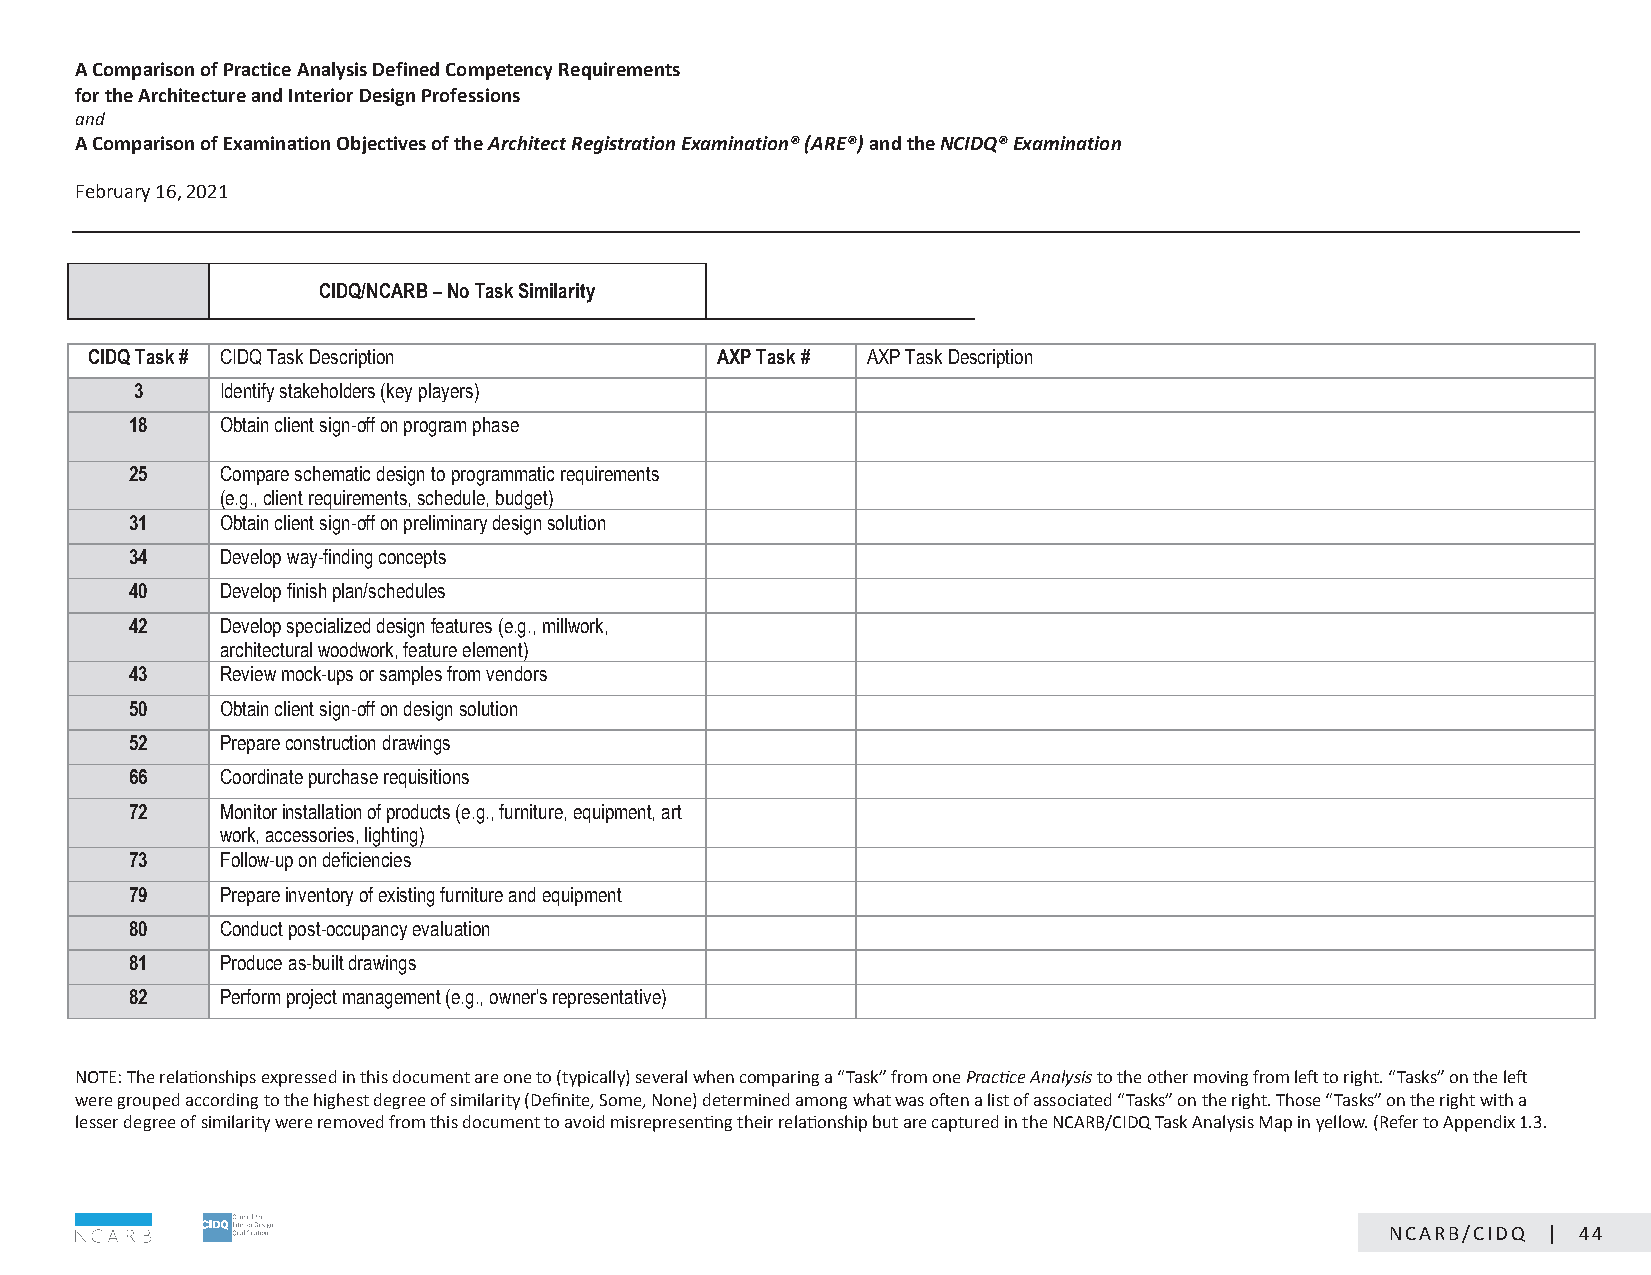
A Comparison of Practice Analysis Defined Competency Requirements
 for the Architecture and Interior Design Professions
 and
 A Comparison of Examination Objectives of the Architect Registration Examination® (ARE®) and the NCIDQ® Examination
 February 16, 2021                                CONFIDENTIAL: NOT FOR DISTRIBUTION
 CIDQ/NCARB – No Task Similarity
 CIDQ Task # CIDQ Task Description        AXP Task # AXP Task Description
 3     Identify stakeholders (key players)
 18    Obtain client sign-off on program phase
 25    Compare schematic design to programmatic requirements
 (e.g., client requirements, schedule, budget)
 31    Obtain client sign-off on preliminary design solution
 34    Develop way-finding concepts
 40    Develop finish plan/schedules
 42    Develop specialized design features (e.g., millwork,
 architectural woodwork, feature element)
 43    Review mock-ups or samples from vendors
 50    Obtain client sign-off on design solution
 52    Prepare construction drawings
 66    Coordinate purchase requisitions
 72    Monitor installation of products (e.g., furniture, equipment, art
 work, accessories, lighting)
 73    Follow-up on deficiencies
 79    Prepare inventory of existing furniture and equipment
 80    Conduct post-occupancy evaluation
 81    Produce as-built drawings
 82    Perform project management (e.g., owner's representative)
 NOTE: The relationships expressed in this document are one to (typically) several when comparing a “Task” from one Practice Analysis to the other moving from left to right. “Tasks” on the left
 NwOerTeE :g rTohuep reedla aticocnosrhdiipnsg etxop trhees sheidg hine stth dise dgoreceu mofe snimt ailraer iotny e(D toef (itnyitpeic, aSlolym) ese, vNeornale w) dheetne rcmominpeadr ianmg oan “gT washka”t f rwoams oofntee nP raa lcistitc oef A ansasolycsiiast teod t“hTea oskths”e ro nm tohvein rgig fhrot.m T lheofts eto “ Triagshkts. ”“ oTans tkhse” oring htht ew liethft a
 wleessreer g droeugrpeeed o afc sciomrdilainrgit yto w tehree hriegmheosvte dde fgrroeme othf issi mdoilcaurmitye (nDt etfion aitveo,i dS ommiser,e Nporensee)n dteintge rtmheinire rde alamtioonngsh wiph batu wt aarse o cftaepntu ar elidst i no ft hases oNcCiaAtReBd/ “CTIDasQk sT”a oskn Athnea lryisgihs tM. Tahpo Sspe r“eTaadsskhse” eotn i nth yee lrliogwht. w(Riethfe ar to
 lAepspseern ddeixg 1re.3e. of similarity were removed from this document to avoid misrepresenting their relationship but are captured in the NCARB/CIDQ Task Analysis Map in yellow. (Refer to Appendix 1.3.
 Page 7 of 8
 NCARB/CIDQ | 44